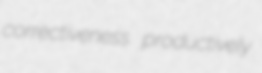
correctiveness productively